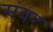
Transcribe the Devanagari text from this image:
संबर